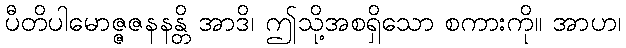
ပီတိပါမောဇ္ဇဇနနန္တိ အာဒိ၊ ဤသို့အစရှိသော စကားကို။ အာဟ၊